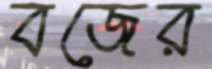
বজের